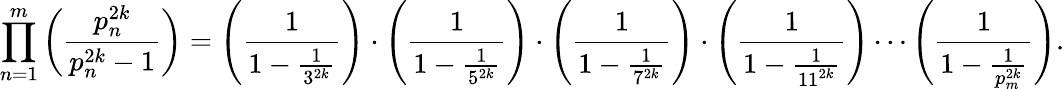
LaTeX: \prod_{n=1}^{m}\left(\frac{p_{n}^{2k}}{p_{n}^{2k}-1}\right)=\left(\frac{1}{1-\frac{1}{3^{2k}}}\right)\cdot\left(\frac{1}{1-\frac{1}{5^{2k}}}\right)\cdot\left(\frac{1}{1-\frac{1}{7^{2k}}}\right)\cdot\left(\frac{1}{1-\frac{1}{11^{2k}}}\right)\cdots\left(\frac{1}{1-\frac{1}{p_{m}^{2k}}}\right).